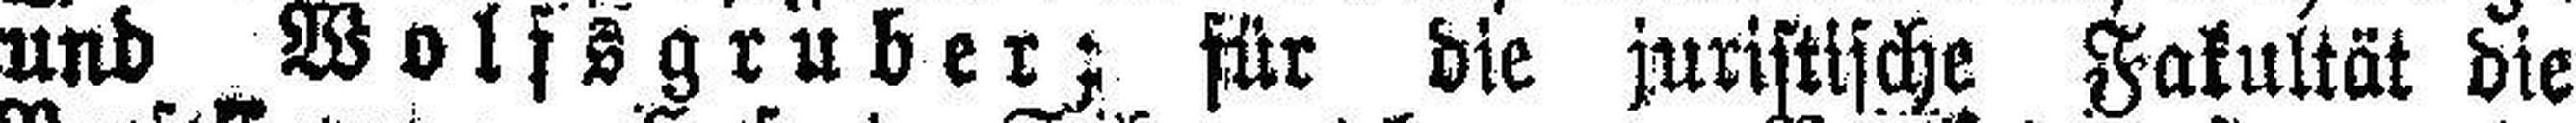
und Wolfsgruber; für die juristische Fakultät die